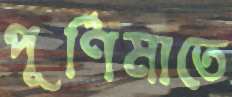
পূর্ণিমাতে